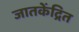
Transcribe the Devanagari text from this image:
जातकेंद्रित